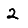
Digit: 2